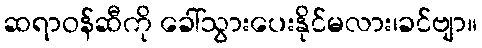
ဆရာဝန်ဆီကို ခေါ်သွားပေးနိုင်မလား၊ခင်ဗျာ။